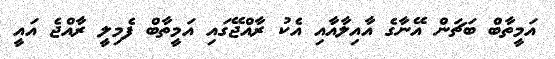
އަމީތާބް ބަޗަން އޭނާގެ އާއިލާއާއި އެކު ރާއްޖޭގައި އަމީތާބް ފެމިލީ ރާއްޖެ އައީ